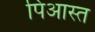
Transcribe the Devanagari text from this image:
पिआस्त